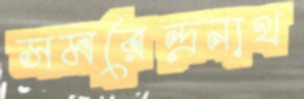
সমরেন্দ্রনাথ